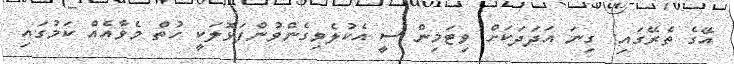
އޭގެ ތެރޭގައި: ގިނަ އަދަދަކަށް ވިޓަމިން ސީ އެކުލެވިގެންވުންފަޅޮލަކީ ހުތް މެވާއެއް ކަމުގައި